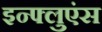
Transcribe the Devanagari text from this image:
इन्फ्लुएंस